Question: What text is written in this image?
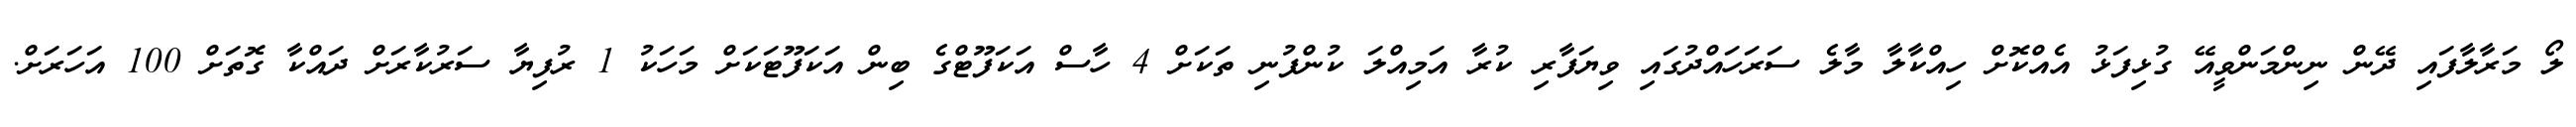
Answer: ލޯ މަރާލާފައި ދޭން ނިންމަންވީއޭ ގުޅިފަޅު އެއްކޮށް ހިއްކާލާ މާލެ ސަރަހައްދުގައި ވިޔަފާރި ކުރާ އަމިއްލަ ކުންފުނި ތަކަށް 4 ހާސް އަކަފޫޓްގެ ބިން އަކަފޫޓަކަށް މަހަކު 1 ރުފިޔާ ސަރުކާރަށް ދައްކާ ގޮތަށް 100 އަހަރަށް.